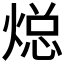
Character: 𮳳